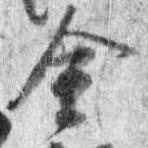
金